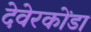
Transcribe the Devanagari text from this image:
देवेरकोंडा